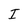
Character: I